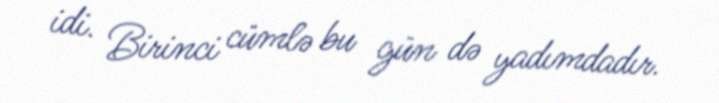
idi. Birinci cümlə bu gün də yadımdadır.